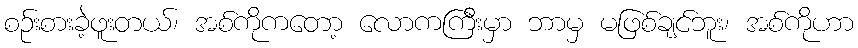
စဉ်းစားခဲ့ဖူးတယ်၊ အစ်ကိုကတော့ လောကကြီးမှာ ဘာမှ မဖြစ်ချင်ဘူး၊ အစ်ကိုဟာ